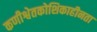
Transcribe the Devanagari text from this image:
कणीश्वेतकोशिकाहीनता